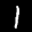
Label: 1